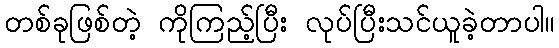
တစ်ခုဖြစ်တဲ့ ကိုကြည့်ပြီး လုပ်ပြီးသင်ယူခဲ့တာပါ။